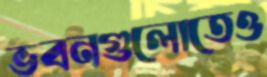
ভবনগুলোতেও